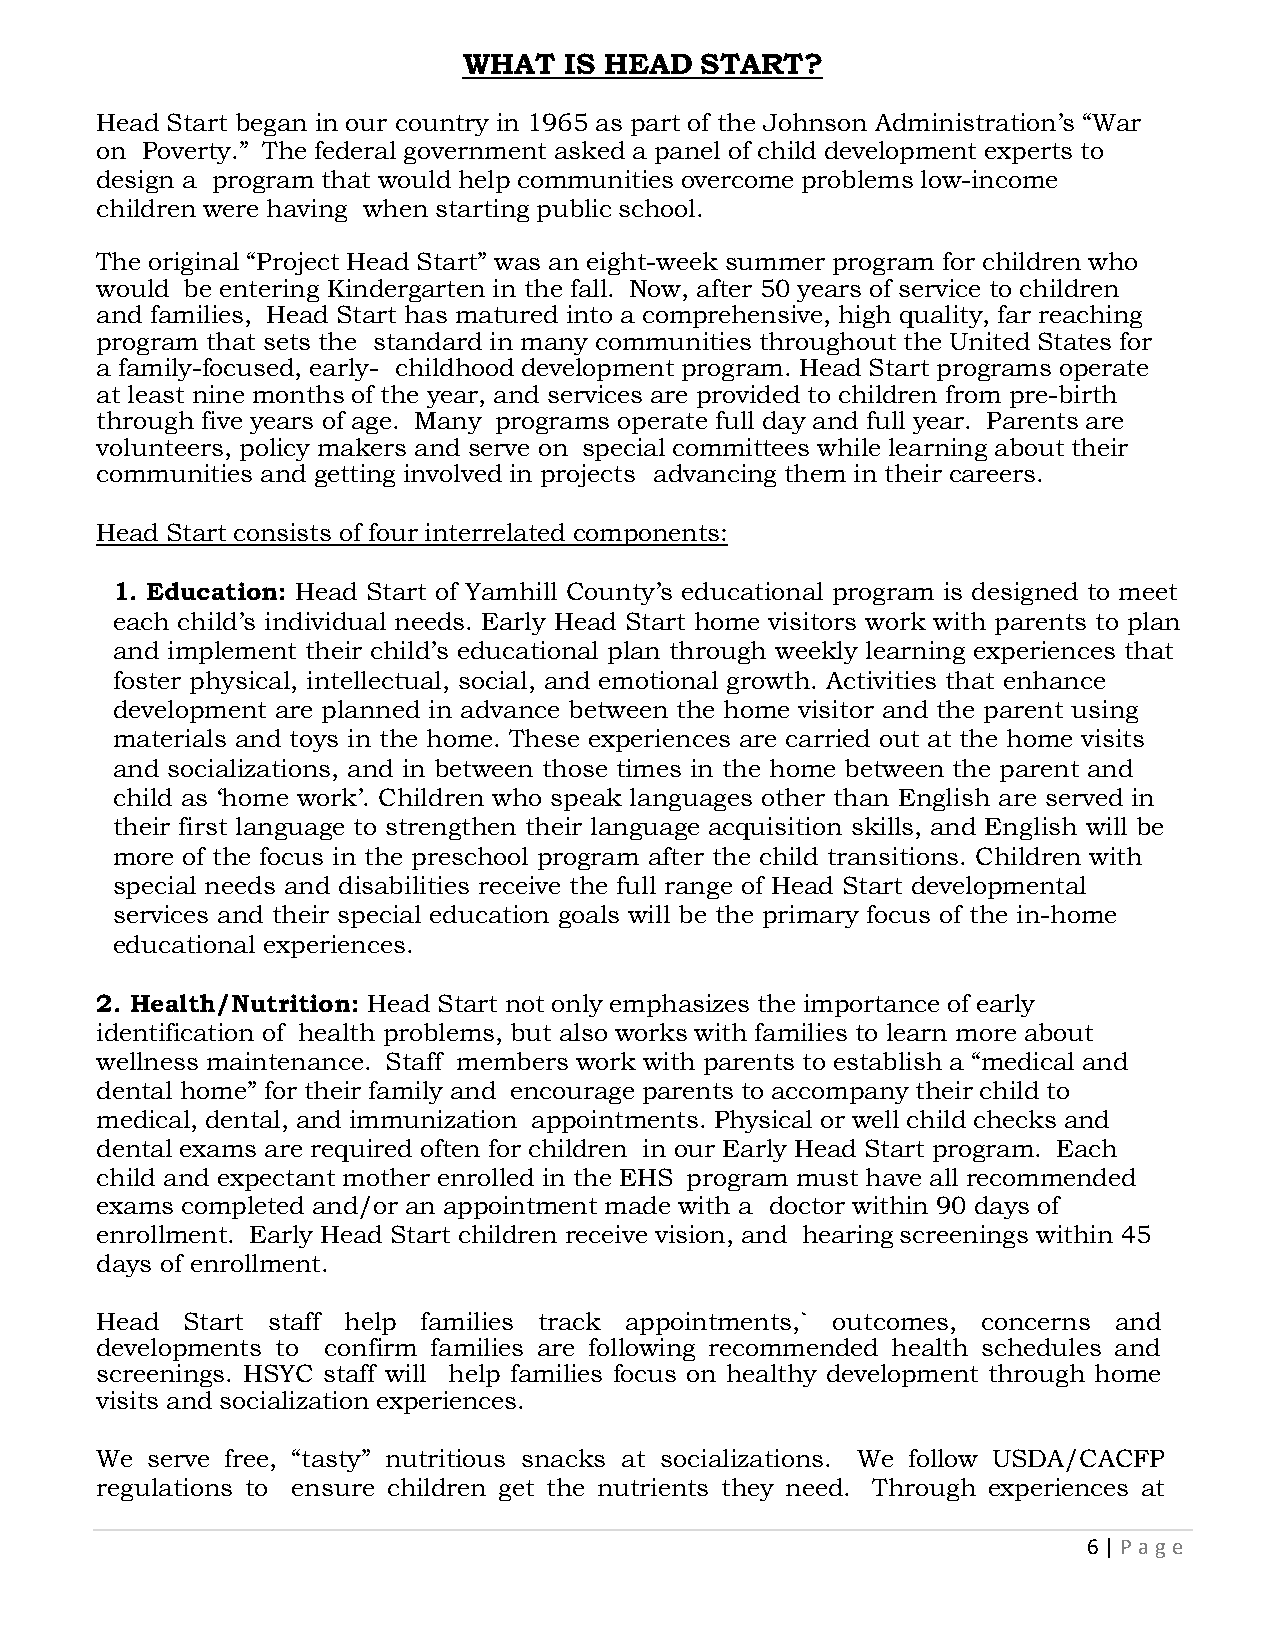
WHAT  IS HEAD  START?
 Head Start began in our country in 1965 as part of the Johnson Administration’s “War
 on Poverty.” The federal government asked a panel of child development experts to
 design a program that would help communities overcome problems low-income
 children were having when starting public school.
 The original “Project Head Start” was an eight-week summer program for children who
 would be entering Kindergarten in the fall. Now, after 50 years of service to children
 and families, Head Start has matured into a comprehensive, high quality, far reaching
 program that sets the standard in many communities throughout the United States for
 a family-focused, early- childhood development program. Head Start programs operate
 at least nine months of the year, and services are provided to children from pre-birth
 through five years of age. Many programs operate full day and full year. Parents are
 volunteers, policy makers and serve on special committees while learning about their
 communities and getting involved in projects advancing them in their careers.
 Head Start consists of four interrelated components:
 1. Education: Head Start of Yamhill County’s educational program is designed to meet
 each child’s individual needs. Early Head Start home visitors work with parents to plan
 and implement their child’s educational plan through weekly learning experiences that
 foster physical, intellectual, social, and emotional growth. Activities that enhance
 development are planned in advance between the home visitor and the parent using
 materials and toys in the home. These experiences are carried out at the home visits
 and socializations, and in between those times in the home between the parent and
 child as ‘home work’. Children who speak languages other than English are served in
 their first language to strengthen their language acquisition skills, and English will be
 more of the focus in the preschool program after the child transitions. Children with
 special needs and disabilities receive the full range of Head Start developmental
 services and their special education goals will be the primary focus of the in-home
 educational experiences.
 2. Health/Nutrition: Head Start not only emphasizes the importance of early
 identification of health problems, but also works with families to learn more about
 wellness maintenance. Staff members work with parents to establish a “medical and
 dental home” for their family and encourage parents to accompany their child to
 medical, dental, and immunization appointments. Physical or well child checks and
 dental exams are required often for children in our Early Head Start program. Each
 child and expectant mother enrolled in the EHS program must have all recommended
 exams completed and/or an appointment made with a doctor within 90 days of
 enrollment. Early Head Start children receive vision, and hearing screenings within 45
 days of enrollment.
 Head  Start staff help families track appointments,` outcomes, concerns and
 developments to confirm families are following recommended health schedules and
 screenings. HSYC staff will help families focus on healthy development through home
 visits and socialization experiences.
 We  serve free, “tasty” nutritious snacks at socializations. We follow USDA/CACFP
 regulations to ensure children get the nutrients they need. Through experiences at
 6 | P age